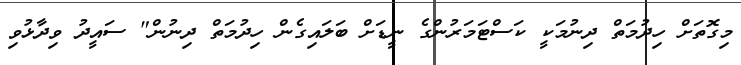
މިގޮތަށް ހިދުމަތް ދިނުމަކީ ކަސްޓަމަރުންގެ ނީޑަށް ބަލައިގެން ހިދުމަތް ދިނުން" ސައީދު ވިދާޅުވި